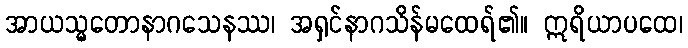
အာယသ္မတောနာဂသေနဿ၊ အရှင်နာဂသိန်မထေရ်၏။ ဣရိယာပထေ၊